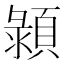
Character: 𩓪